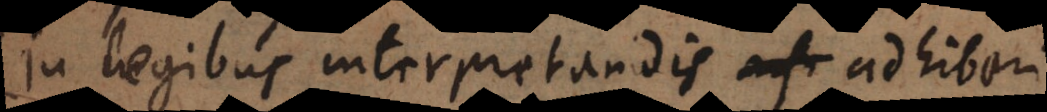
in legibus interpretandis adhiberi